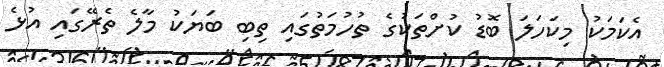
އެކަމަކު މިކަހަލަ ބޮޑު ކުށްތަކުގެ ތުހުމަތުގައި ތިބި ބަޔަކު މާލެ ތެރޭގައި އުޅެ